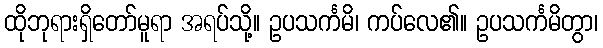
ထိုဘုရားရှိတော်မူရာ အရပ်သို့။ ဥပသင်္ကမိ၊ ကပ်လေ၏။ ဥပသင်္ကမိတွာ၊